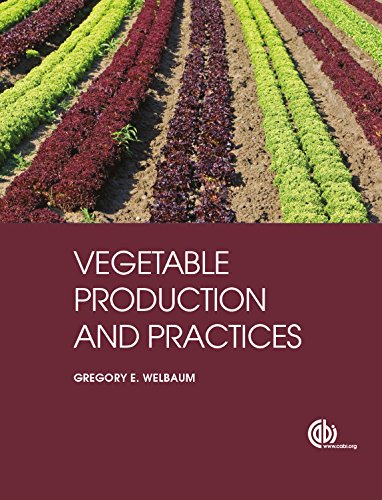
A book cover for Vegetable Production and Practices; Gregory E. Welbaum; Science & Math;